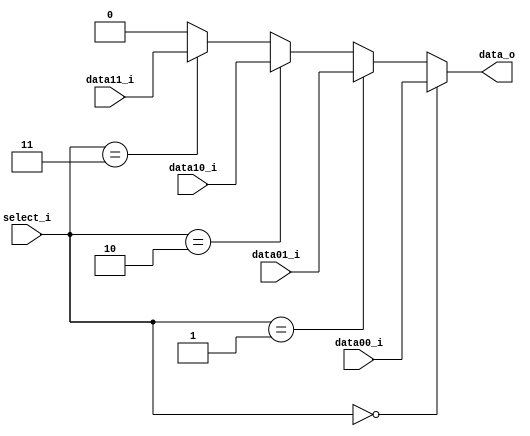
module MUX2 (
  input [SIZE - 1:0]    data00_i,
  input [SIZE - 1:0]    data01_i,
  input [SIZE - 1:0]    data10_i,
  input [SIZE - 1:0]    data11_i,
  input [1:0]           select_i,
  output [SIZE - 1: 0]  data_o
);

parameter SIZE = 1;

assign data_o = select_i == 2'b00 ? data00_i :
                select_i == 2'b01 ? data01_i :
                select_i == 2'b10 ? data10_i :
                select_i == 2'b11 ? data11_i : 0;

endmodule